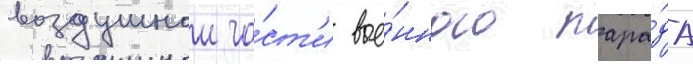
воздушнои ча́ст'и вое́нного пара́да